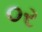
૦ર